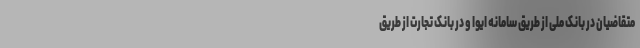
متقاضیان در بانک ملی از طریق سامانه ایوا و در بانک تجارت از طریق